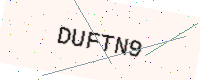
Text: DUFTN9